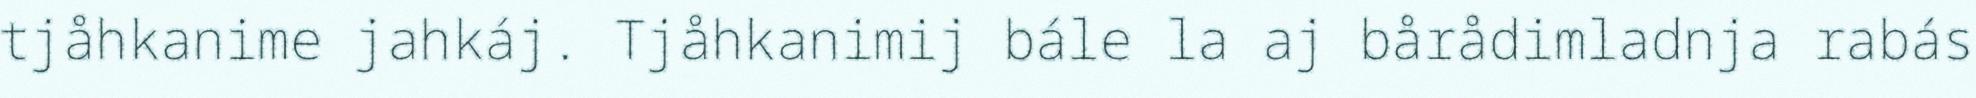
tjåhkanime jahkáj. Tjåhkanimij bále la aj bårådimladnja rabás